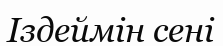
Іздеймін сені